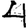
Digit: 4